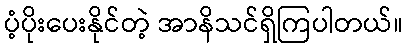
ပံ့ပိုးပေးနိုင်တဲ့ အာနိသင်ရှိကြပါတယ်။